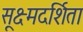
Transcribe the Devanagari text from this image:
सूक्ष्मदर्शिता